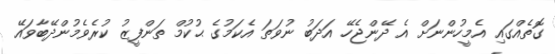
ގޮތެއްގައި އެމީހުންނަށް އެ ދޭންޖެހޭ އަދަބު ނުވަތަ އެކަމުގެ ޙުކުމް ތަންފީޒު ކުރެވެމުންދޭބާވައޭ